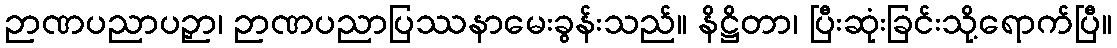
ဉာဏပညာပဉှာ၊ ဉာဏပညာပြဿနာမေးခွန်းသည်။ နိဋ္ဌိတာ၊ ပြီးဆုံးခြင်းသို့ရောက်ပြီ။